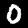
Label: 0